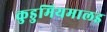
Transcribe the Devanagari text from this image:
कुडुमियमालइ